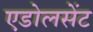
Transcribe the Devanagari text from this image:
एडोलसेंट